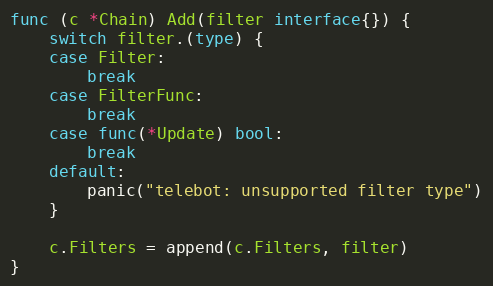
Language: Go
func (c *Chain) Add(filter interface{}) {
	switch filter.(type) {
	case Filter:
		break
	case FilterFunc:
		break
	case func(*Update) bool:
		break
	default:
		panic("telebot: unsupported filter type")
	}

	c.Filters = append(c.Filters, filter)
}